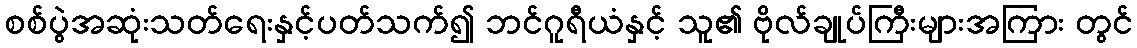
စစ်ပွဲအဆုံးသတ်ရေးနှင့်ပတ်သက်၍ ဘင်ဂူရီယံနှင့် သူ၏ ဗိုလ်ချုပ်ကြီးများအကြား တွင်